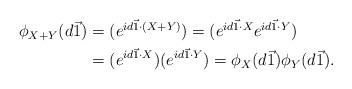
LaTeX: \begin{align*}\begin{aligned}\phi_{X+Y}(d\vec{1})&=(e^{id\vec{1}\cdot (X+Y)})=(e^{id\vec{1}\cdot X}e^{id\vec{1}\cdot Y})\\&=(e^{id\vec{1}\cdot X})(e^{id\vec{1}\cdot Y})=\phi_{X}(d\vec{1})\phi_{Y}(d\vec{1}).\end{aligned}\end{align*}